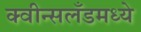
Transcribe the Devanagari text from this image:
क्वीन्सलँडमध्ये